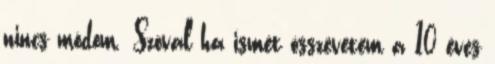
nincs módom. Szóval ha ismét összevetem a 10 éves